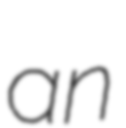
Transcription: an